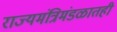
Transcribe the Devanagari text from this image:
राज्यमंत्रिमंडळातही